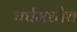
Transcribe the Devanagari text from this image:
चर्चमध्येच